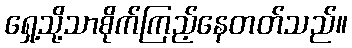
ရှေ့သို့သာစိုက်ကြည့်နေတတ်သည်။